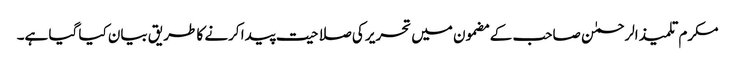
مکرم تلمیذ الرحمٰن صاحب کے مضمون میں تحریر کی صلاحیت پیدا کرنے کا طریق بیان کیا گیا ہے۔